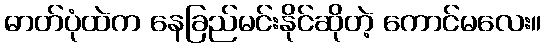
ဓာတ်ပုံထဲက နေခြည်မင်းနိုင်ဆိုတဲ့ ကောင်မလေး။